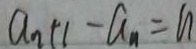
a _ { n + 1 } - a _ { n } = n